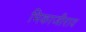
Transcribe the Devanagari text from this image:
भिकाजीराव